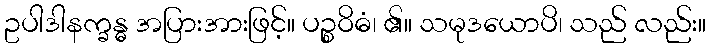
ဥပါဒါနက္ခန္ဓ အပြားအားဖြင့်။ ပဉ္စဝိဓံ၊ ၏။ သမုဒယောပိ၊ သည် လည်း။